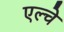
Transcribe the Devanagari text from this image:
एल्चे